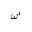
\omega ^ { i }